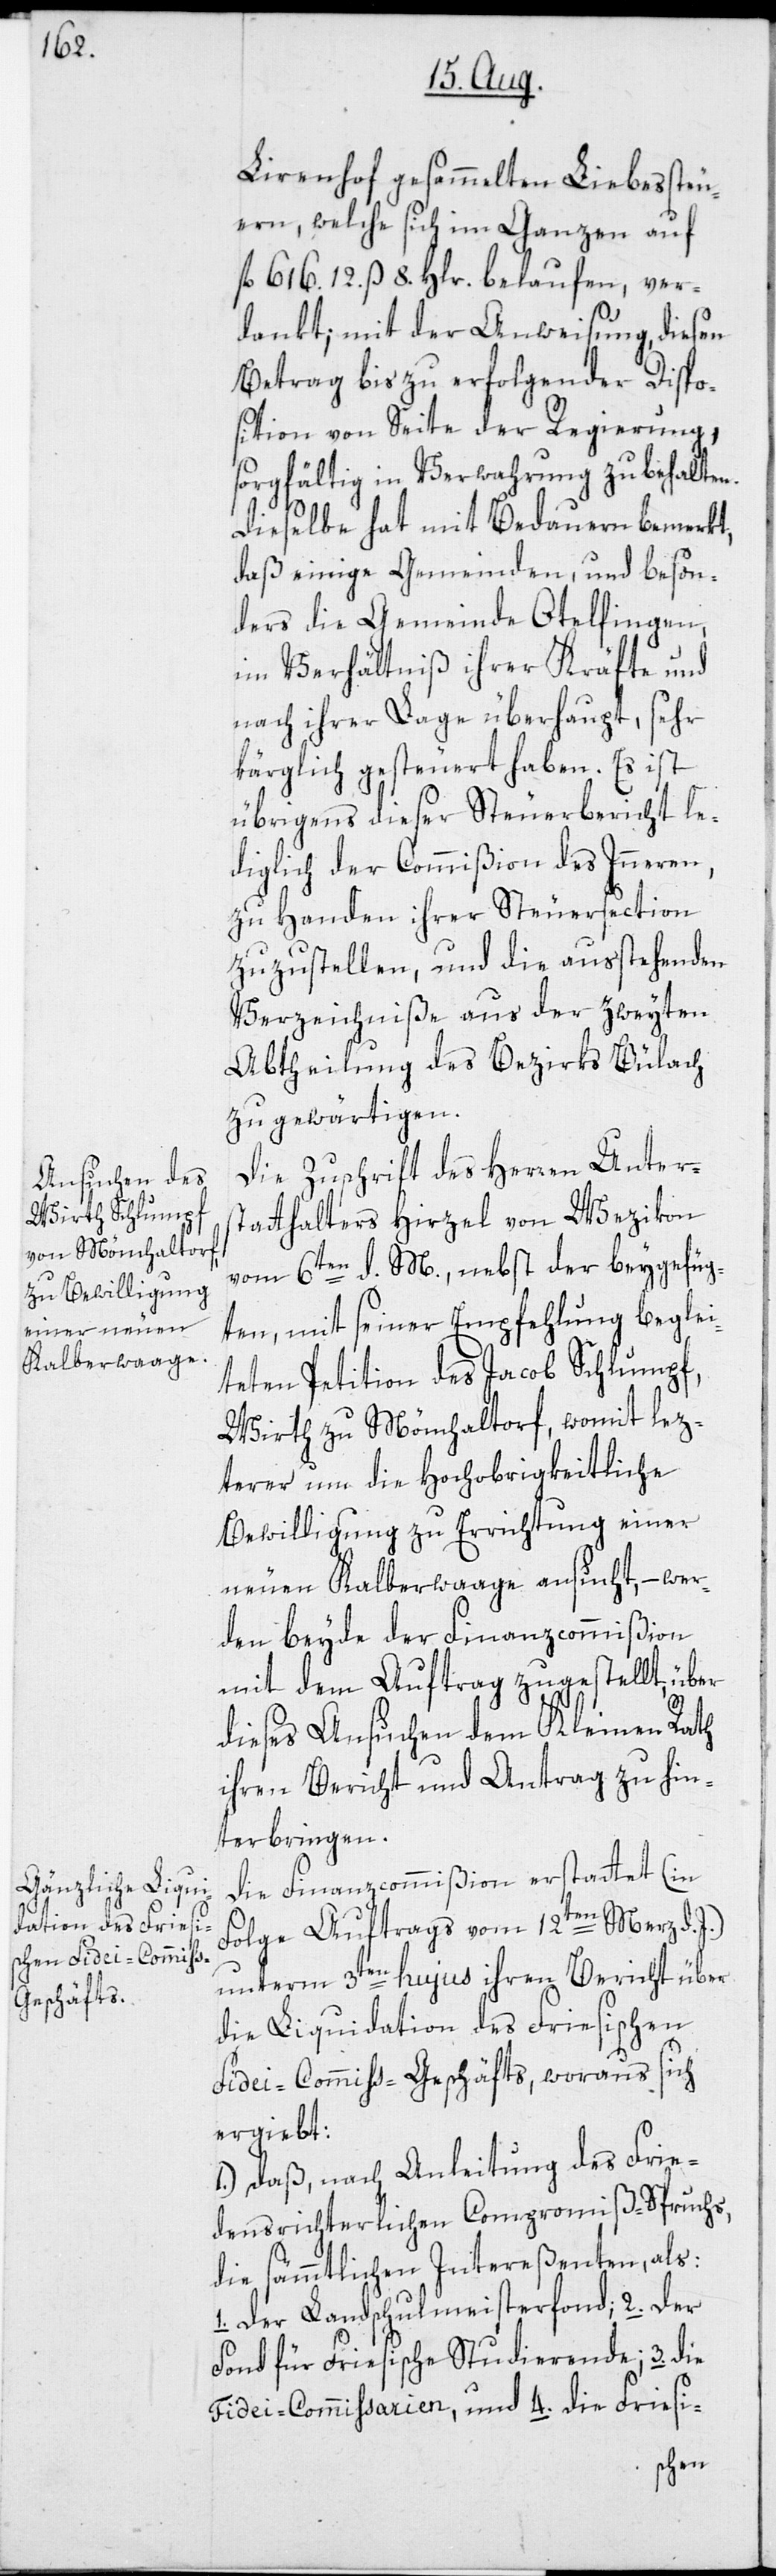
Lirenhof gesammelten Liebessteu¬
ern, welche sich im Ganzen auf
fl 616. 12. ß 8. Hlr. belaufen, ver¬
dankt; mit der Anweisung, diesen
Betrag bis zu erfolgender Dispo¬
sition von Seite der Regierung,
sorgfältig in Verwahrung zu behalten.
Dieselbe hat mit Bedauern bemerkt,
daß einige Gemeinden, und beson¬
ders die Gemeinde Otelfingen,
im Verhältniß ihrer Kräfte und
nach ihrer Lage überhaupt, sehr
kärglich gesteuert haben. Es ist
übrigens dieser Steuerbericht le¬
diglich der Commißion des Inneren
zu Handen ihrer Steuersection
zuzustellen, und die ausstehenden
Verzeichniße aus der zweyten
Abtheilung des Bezirks Bülach
zu gewärtigen.
Die Zuschrift des Herren Unters¬
tatthalters Hirzel von Wezikon
vom 6ten d. M., nebst der beygefüg¬
ten, mit seiner Empfehlung beglei¬
teten Petition des Jacob Schlumpf,
Wirth zu Mönchaltorf, womit lez¬
terer um die Hochobrigkeitliche
Bewilligung zu Errichtung einer
neuen Kalberwaage ansucht, – wer¬
den beyde der Finanzcommißion
mit dem Auftrag zugestellt, über
dieses Ansuchen dem Kleinen Rath
ihren Bericht und Antrag zu hin¬
terbringen.
Die Finanzcommißion erstattet (in
Folge Auftrags vom 12ten Merz d. J.)
unterm 3ten hujus ihren Bericht über
die Liquidation des Friesischen
Fidei-Commiss-Geschäfts, woraus sich
ergiebt:
1.) Daß, nach Anleitung des Frie¬
densrichterlichen Compromiß-Spruchs,
die sämmtlichen Intereßenten, als:
1. Der Landschulmeisterfond; 2. Der
Fond für Friesische Studierende; 3. Die
Fidei-Commissarien, und 4. Die Friesi-